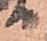
る